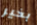
بخير